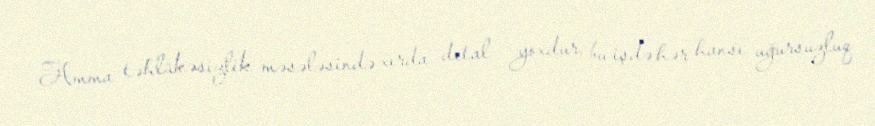
Amma təhlükəsizlik məsələsində xırda detal yoxdur, bu işdə hər hansı uğursuzluq